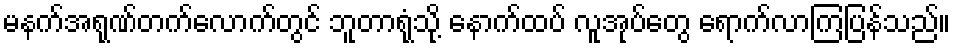
မနက်အရုဏ်တက်လောက်တွင် ဘူတာရုံသို့ နောက်ထပ် လူအုပ်တွေ ရောက်လာကြပြန်သည်။